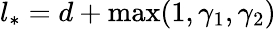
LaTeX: l_{*}=d+\operatorname*{max}(1,\gamma_{1},\gamma_{2})